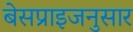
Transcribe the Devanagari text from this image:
बेसप्राइजनुसार